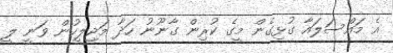
އެ މައްސަލައާ ގުޅިގެން މީގެ ކުރިން ގާނޫނު ހަދާ މަޖިލީހުން ވަނީ ލީ